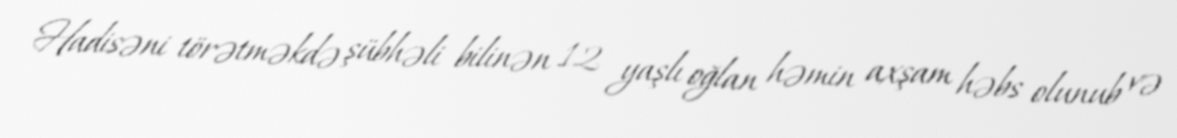
Hadisəni törətməkdə şübhəli bilinən 12 yaşlı oğlan həmin axşam həbs olunub və